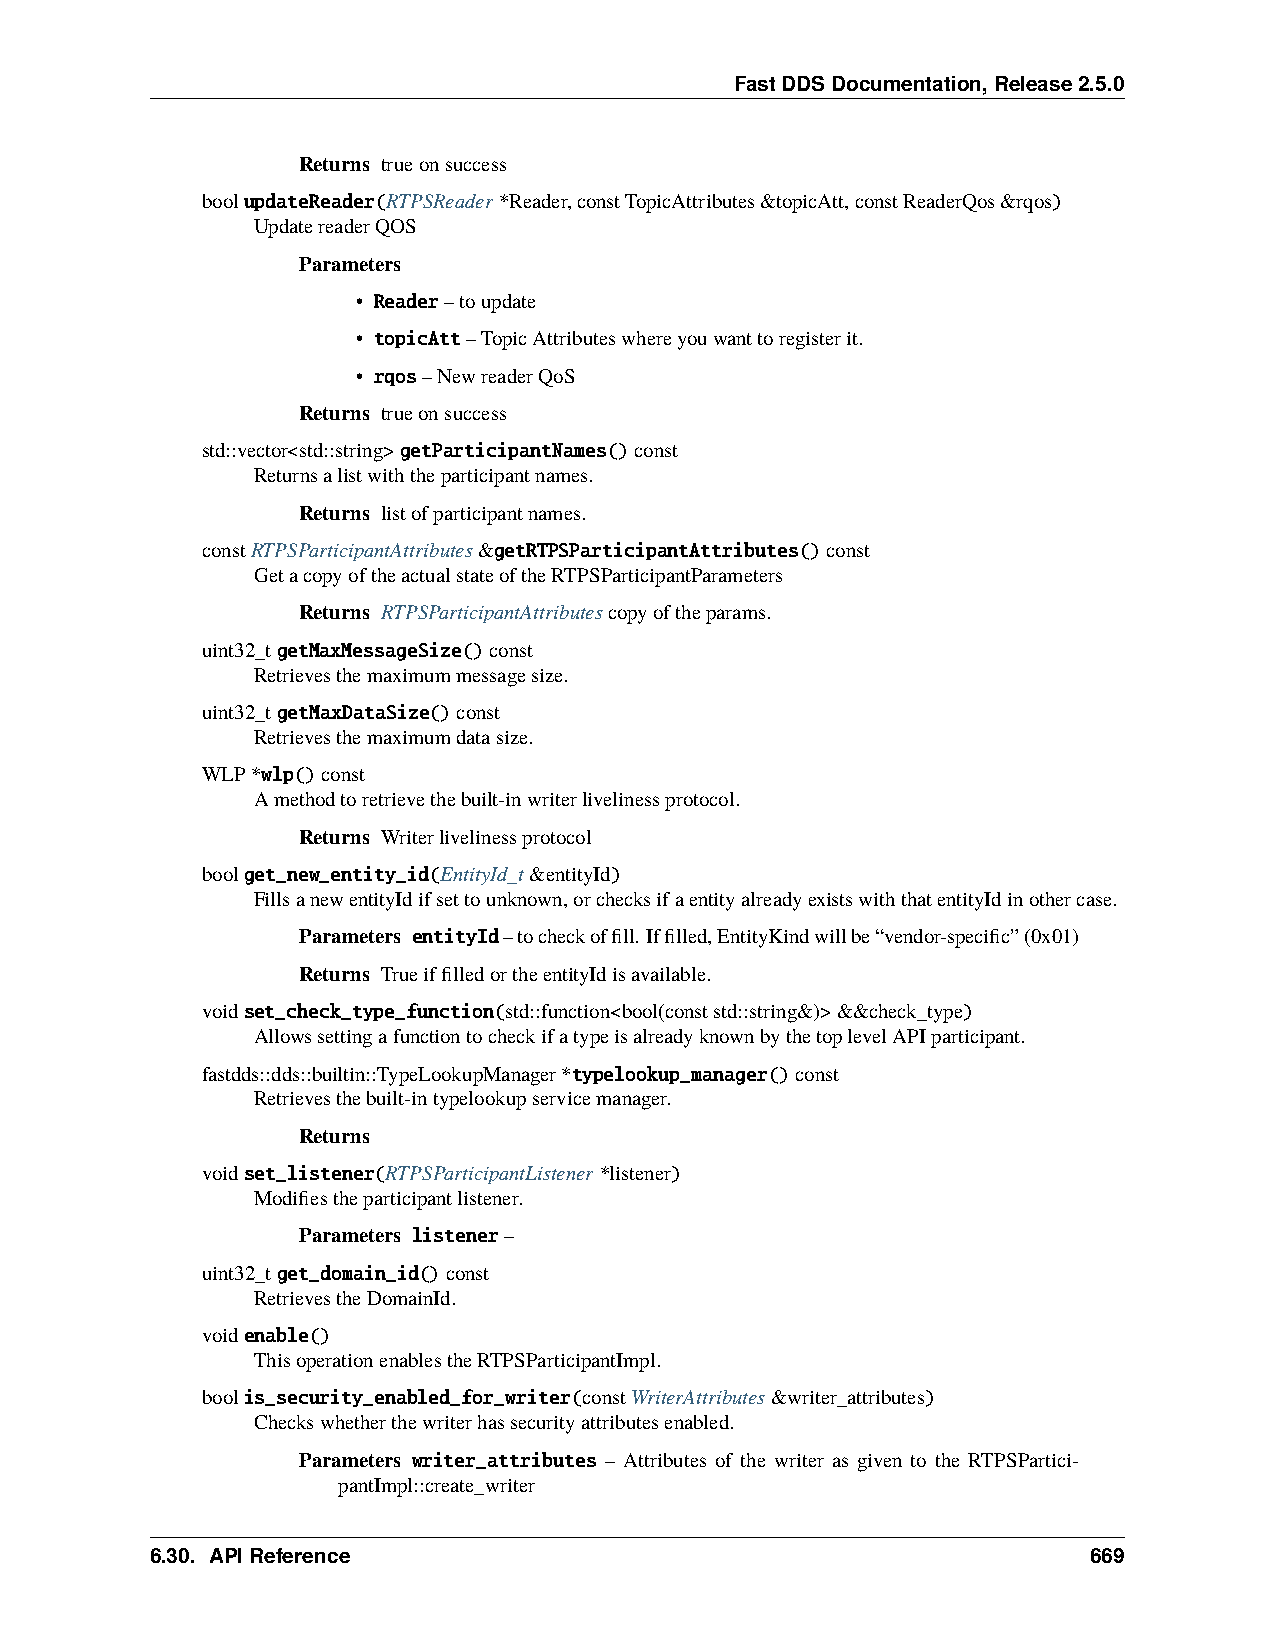
FastDDSDocumentation,Release2.5.0
 Returns trueonsuccess
 boolupdateReader(RTPSReader*Reader,constTopicAttributes&topicAtt,constReaderQos&rqos)
 UpdatereaderQOS
 Parameters
 • Reader–toupdate
 • topicAtt–TopicAttributeswhereyouwanttoregisterit.
 • rqos–NewreaderQoS
 Returns trueonsuccess
 std::vector<std::string>getParticipantNames()const
 Returnsalistwiththeparticipantnames.
 Returns listofparticipantnames.
 constRTPSParticipantAttributes&getRTPSParticipantAttributes()const
 GetacopyoftheactualstateoftheRTPSParticipantParameters
 Returns RTPSParticipantAttributescopyoftheparams.
 uint32_tgetMaxMessageSize()const
 Retrievesthemaximummessagesize.
 uint32_tgetMaxDataSize()const
 Retrievesthemaximumdatasize.
 WLP*wlp()const
 Amethodtoretrievethebuilt-inwriterlivelinessprotocol.
 Returns Writerlivelinessprotocol
 boolget_new_entity_id(EntityId_t&entityId)
 FillsanewentityIdifsettounknown,orchecksifaentityalreadyexistswiththatentityIdinothercase.
 Parameters entityId–tocheckoffill. Iffilled,EntityKindwillbe“vendor-specific”(0x01)
 Returns TrueiffilledortheentityIdisavailable.
 voidset_check_type_function(std::function<bool(conststd::string&)>&&check_type)
 AllowssettingafunctiontocheckifatypeisalreadyknownbythetoplevelAPIparticipant.
 fastdds::dds::builtin::TypeLookupManager*typelookup_manager()const
 Retrievesthebuilt-intypelookupservicemanager.
 Returns
 voidset_listener(RTPSParticipantListener*listener)
 Modifiestheparticipantlistener.
 Parameters listener–
 uint32_tget_domain_id()const
 RetrievestheDomainId.
 voidenable()
 ThisoperationenablestheRTPSParticipantImpl.
 boolis_security_enabled_for_writer(constWriterAttributes&writer_attributes)
 Checkswhetherthewriterhassecurityattributesenabled.
 Parameters writer_attributes – Attributes of the writer as given to the RTPSPartici-
 pantImpl::create_writer
 6.30. APIReference                                            669